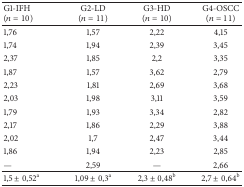
<table><thead><tr><td><b>G1-IFH (<i>n</i> = 10)</b></td><td><b>G2-LD (<i>n</i> = 11)</b></td><td><b>G3-HD (<i>n</i> = 10)</b></td><td><b>G4-OSCC (<i>n</i> = 11)</b></td></tr></thead><tbody><tr><td>1,76</td><td>1,57</td><td>2,22</td><td>4,15</td></tr><tr><td>1,74</td><td>1,94</td><td>2,39</td><td>3,45</td></tr><tr><td>2,37</td><td>1,85</td><td>2,2</td><td>3,35</td></tr><tr><td>1,87</td><td>1,57</td><td>3,62</td><td>2,79</td></tr><tr><td>2,23</td><td>1,81</td><td>2,69</td><td>3,68</td></tr><tr><td>2,03</td><td>1,98</td><td>3,11</td><td>3,59</td></tr><tr><td>1,79</td><td>1,93</td><td>3,34</td><td>2,82</td></tr><tr><td>2,17</td><td>1,86</td><td>2,29</td><td>3,88</td></tr><tr><td>2,02</td><td>1,7</td><td>2,47</td><td>3,44</td></tr><tr><td>1,86</td><td>1,94</td><td>2,23</td><td>2,85</td></tr><tr><td>—</td><td>2,59</td><td>—</td><td>2,66</td></tr><tr><td>1,5 ± 0,52<sup>a</sup></td><td>1,09 ± 0,3<sup>a</sup></td><td>2,3 ± 0,48<sup>b</sup></td><td>2,7 ± 0,64<sup>b</sup></td></tr></tbody></table>